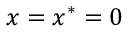
x = x ^ { * } = 0